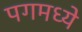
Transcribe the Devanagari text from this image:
पगमध्ये